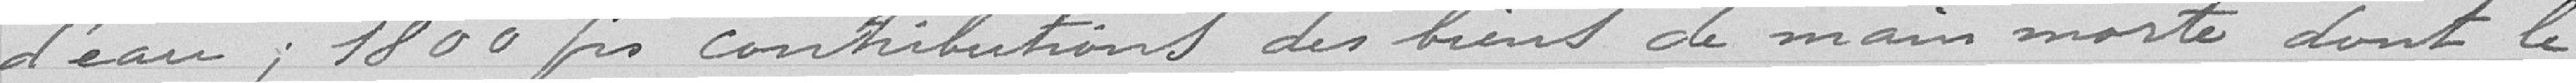
d'eau ; 1800 francs contributions des biens de main morte dont le